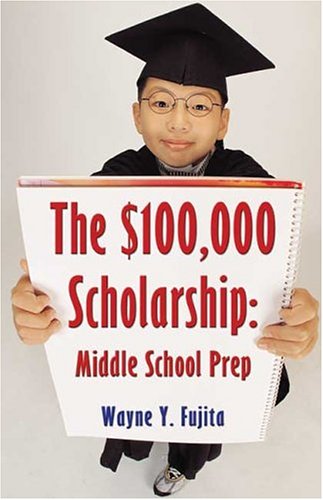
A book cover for The $100,000 Scholarship: Middle School Prep; Wayne Y Fujita; Education & Teaching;